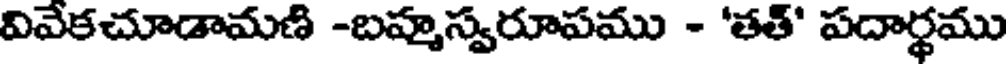
వివేకచూడామణి -బహ్మస్వరూపము - 'తత్' పదార్థము